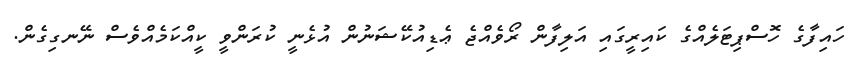
ހައިފާގެ ހޮސްޕިޓަލެއްގެ ކައިރީގައި އަލިފާން ރޯވެއްޖެ ޢެޑިއުކޭޝަނުން އުޅެނީ ކުރަންވީ ކީއްކަމެއްވެސް ނޭނގިގެން.